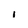
Character: i